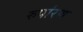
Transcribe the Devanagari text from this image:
रुपांरण